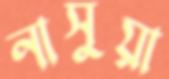
নাসুয়া